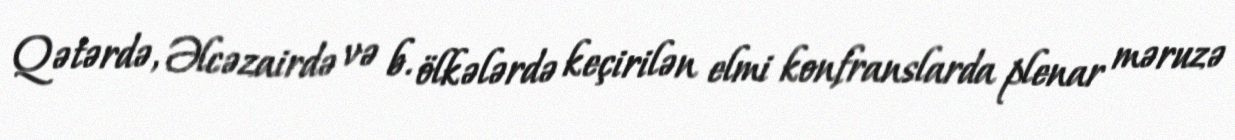
Qətərdə, Əlcəzairdə və b. ölkələrdə keçirilən elmi konfranslarda plenar məruzə